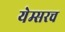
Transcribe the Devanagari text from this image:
येम्सरच